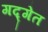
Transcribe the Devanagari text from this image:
गद्गेत